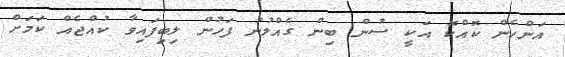
އަންހެން ކޮއްކޮ އަކީ ސުން ބިން ގެއްލުނު ފަހުން ލިބިފައިވާ ކުއްޖެއް ކަމަށް